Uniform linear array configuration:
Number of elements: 8
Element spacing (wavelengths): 1
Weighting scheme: cosine
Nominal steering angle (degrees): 45
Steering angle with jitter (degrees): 44.843
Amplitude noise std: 0.05
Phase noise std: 0.05

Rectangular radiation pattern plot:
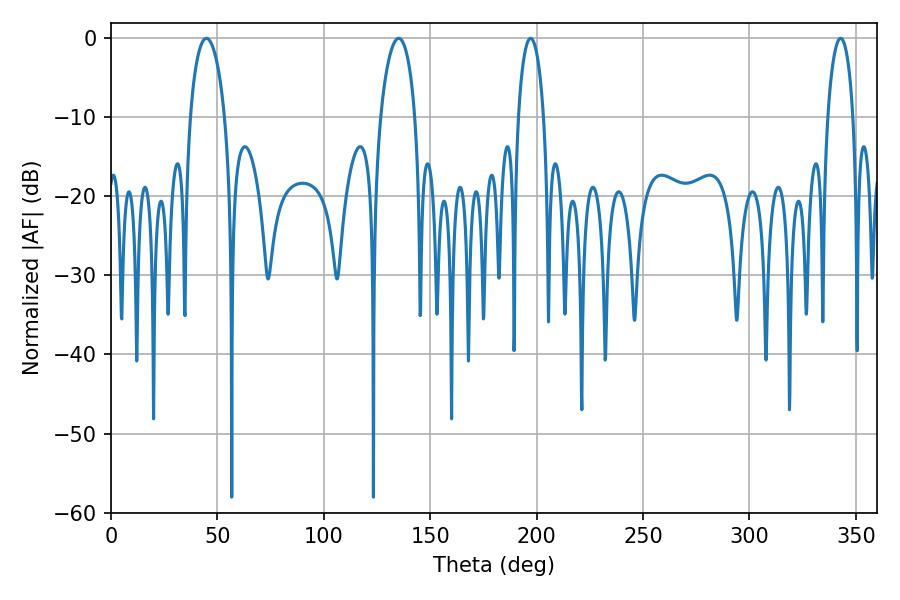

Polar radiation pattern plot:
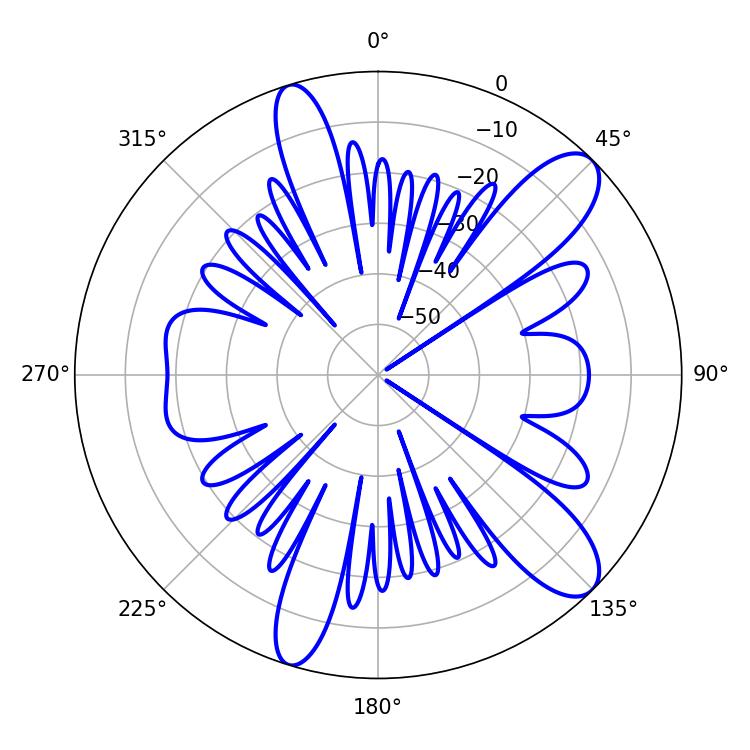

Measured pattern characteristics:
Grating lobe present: TRUE
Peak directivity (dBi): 10.806
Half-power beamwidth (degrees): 9.36
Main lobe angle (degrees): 44.82